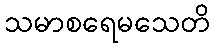
သမာစရေမသေတိ